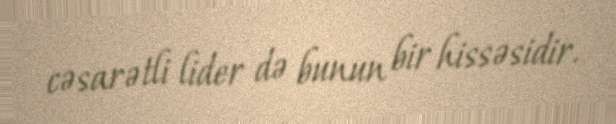
cəsarətli lider də bunun bir hissəsidir.